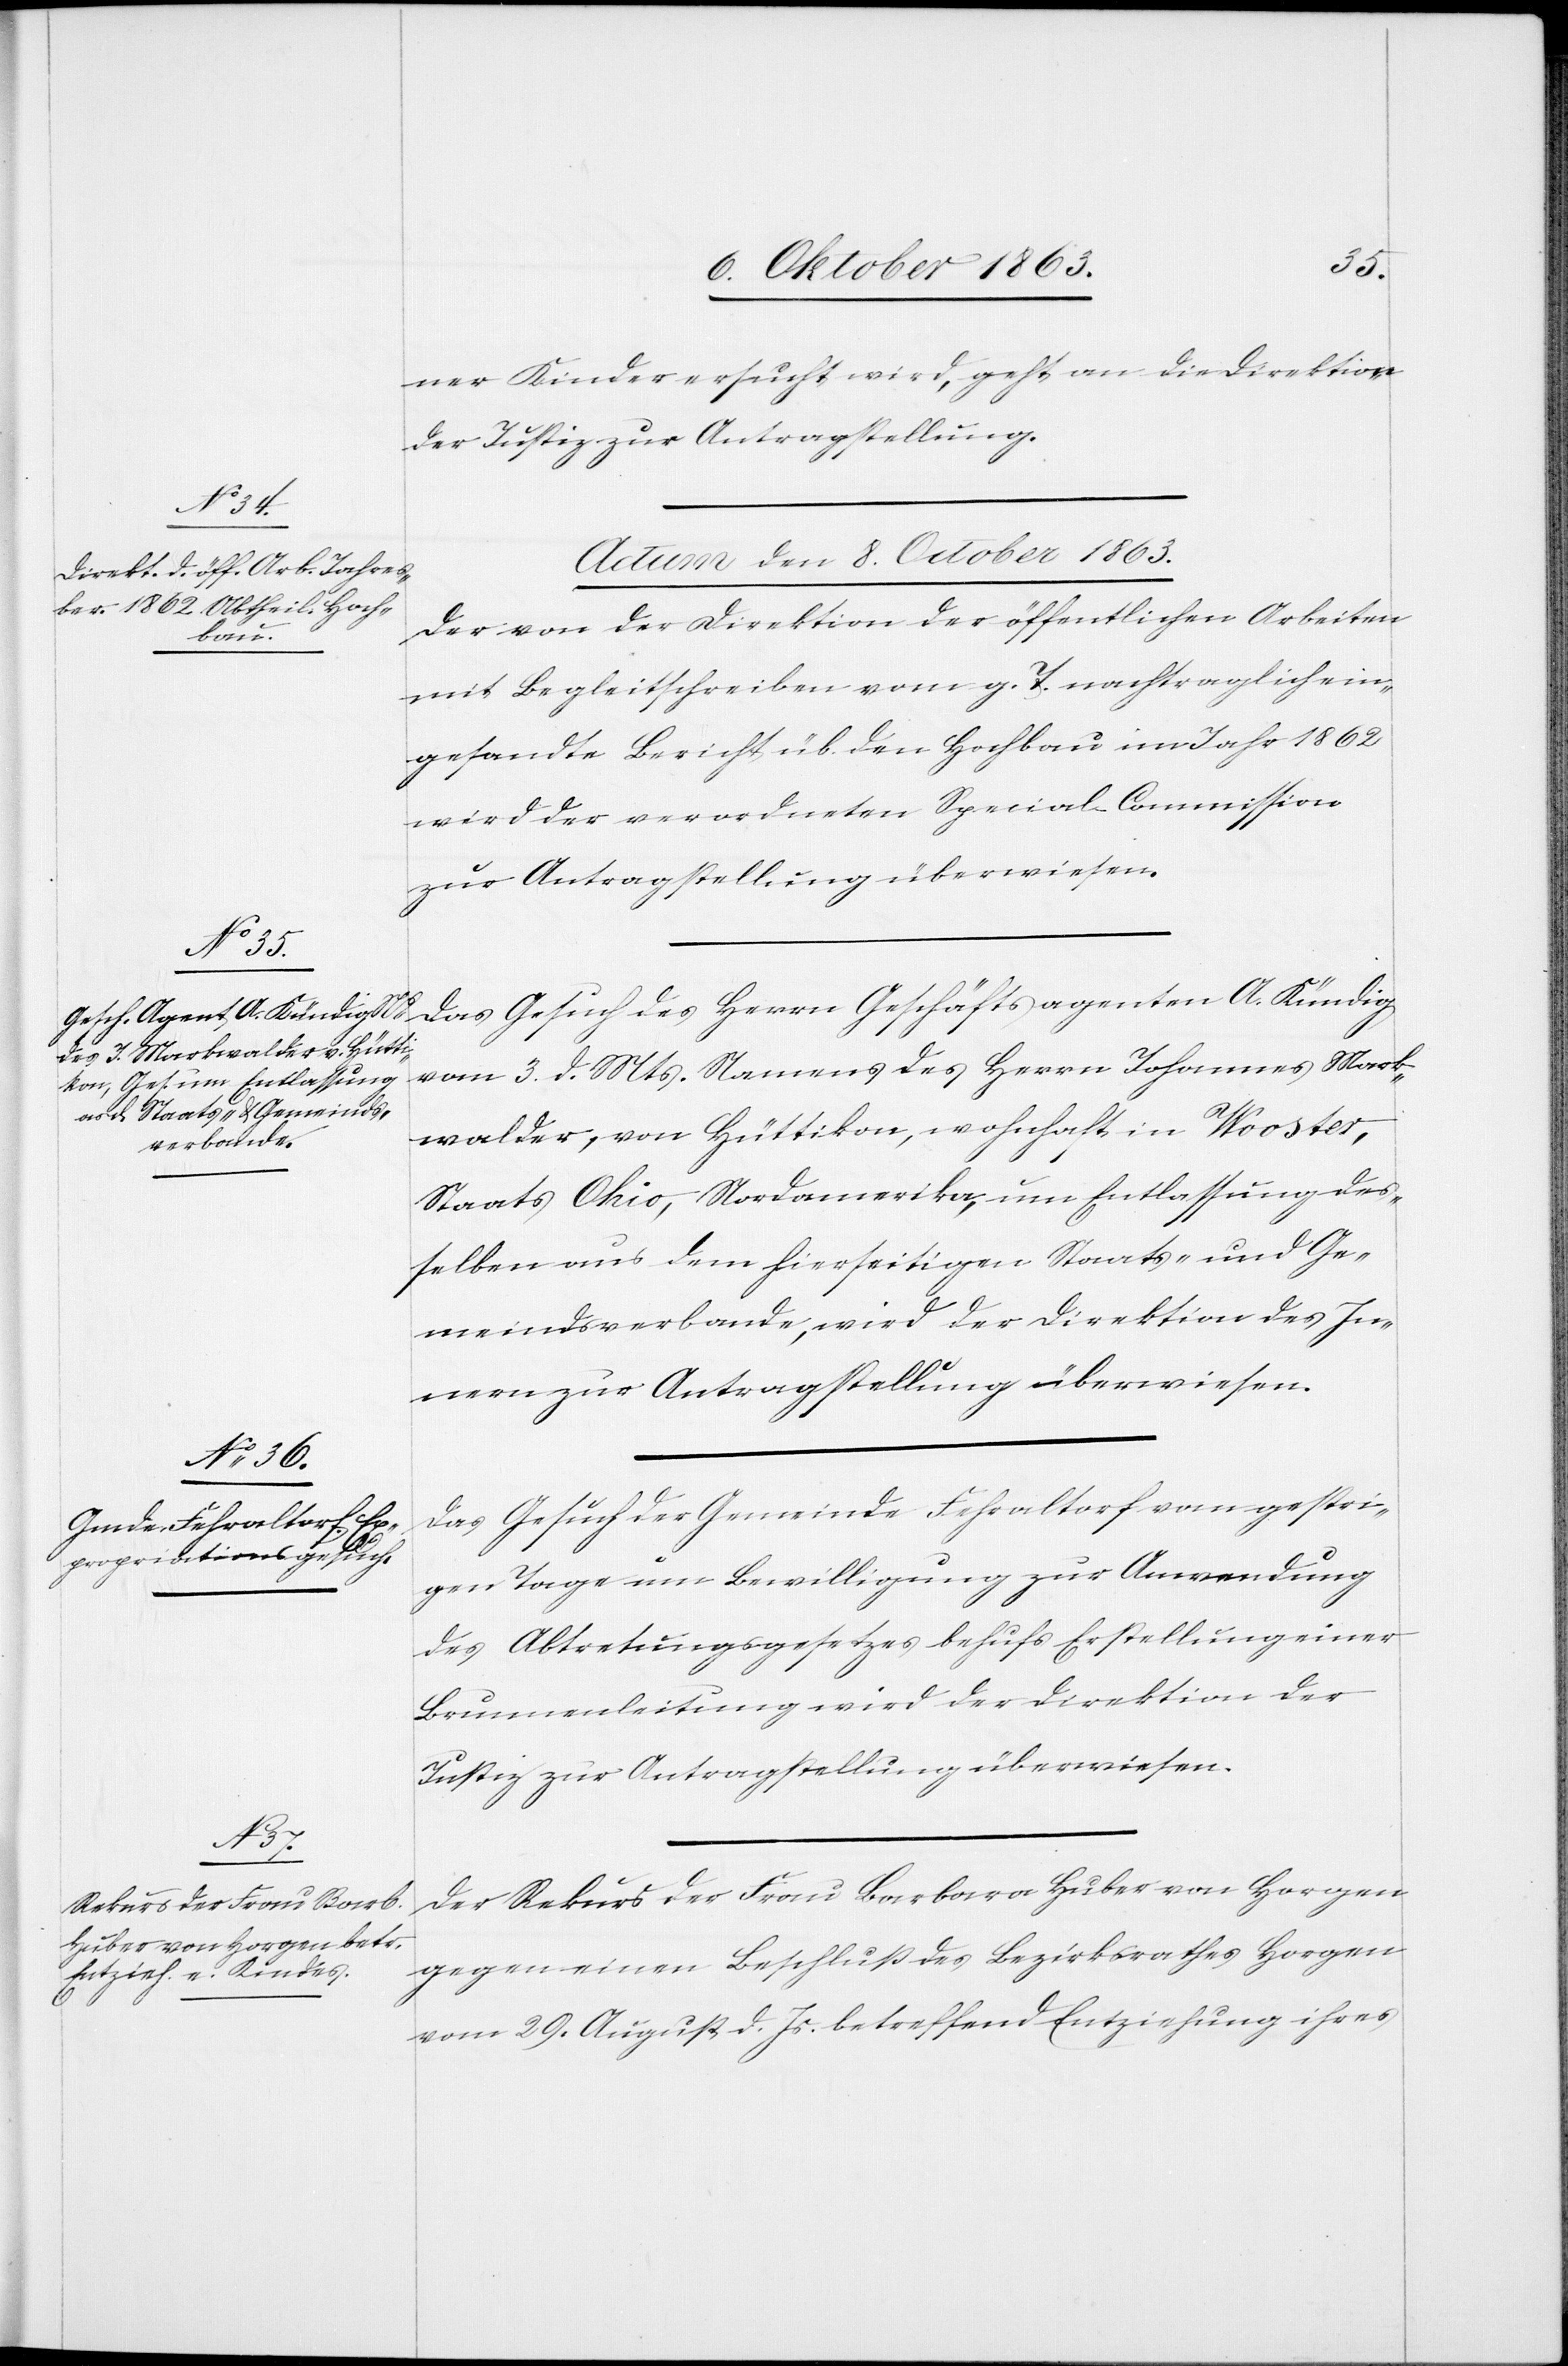
ein¬

ner Kinder ersucht wird, geht an die Direktion
der Justiz zur Antragstellung.
Actum, den 8. Oktober 1863.]
Der von der Direktion der öffentlichen Arbeiten
mit Begleitschreiben vom g. T. nachtraglich
gesandte Bericht üb. den Hochbau im Jahr 1862
wird der verordneten Special-Commission
zur Antragstellung überwiesen.
Das Gesuch des Herrn Geschäftsagenten A. Kündig
vom 3. d. Mts. Namens des Herrn Johannes Mark¬
walder, von Hüttikon, wohnhaft in Wooster,
Staats Ohio, Nordamerika, um Entlassung des¬
selben aus dem hierseitigen Staats- und Ge¬
meindsverbande, wird der Direktion des In¬
nern zur Antragstellung überwiesen.
Das Gesuch der Gemeinde Fehraltorf vom gestri¬
gen Tage um Bewilligung zur Anwendung
des Abtretungsgesetzes behufs Erstellung einer
Brunnenleitung wird der Direktion der
Justiz zur Antragstellung überwiesen.
Der Rekurs der Frau Barbara Huber von Horgen
gegen einen Beschluß des Bezirksrathes Horgen
vom 29. August d. Js. betreffend Entziehung ihres